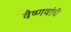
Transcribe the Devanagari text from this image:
वैष्णवांचे